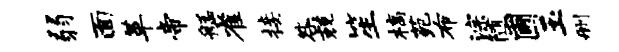
弱面革帝艋雀接咎兢笙槁苑布淙随圃玉删